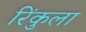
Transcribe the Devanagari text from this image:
रिंकुला